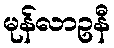
မုန်လာဥနီ